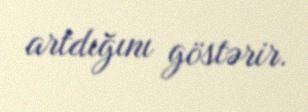
artdığını göstərir.